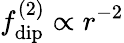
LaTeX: f_{\mathrm{dip}}^{(2)}\propto r^{-2}